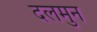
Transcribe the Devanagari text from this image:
दलमुन